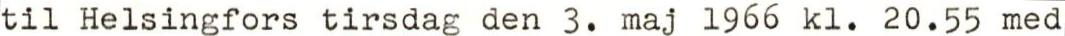
til Helsingfors tirsdag den 3. maj 1966 kl. 20.55 med